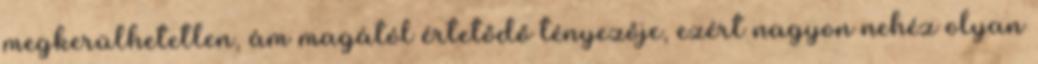
megkerülhetetlen, ám magától értetődő tényezője, ezért nagyon nehéz olyan